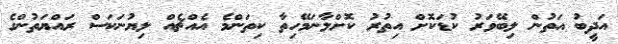
އަދީބު އަތުން ލިބޭވަރު ކުޑަކޮށް އިތުރު ކޮށްލާނަމޭހިތާ ކިތަންމެ އެއްޗެއް ލިޔުނަކަސް ރައްޔަތުންގެ